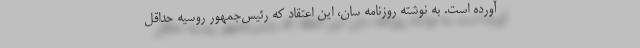
آورده است. به نوشته روزنامه سان، این اعتقاد که رئیس‌جمهور روسیه حداقل